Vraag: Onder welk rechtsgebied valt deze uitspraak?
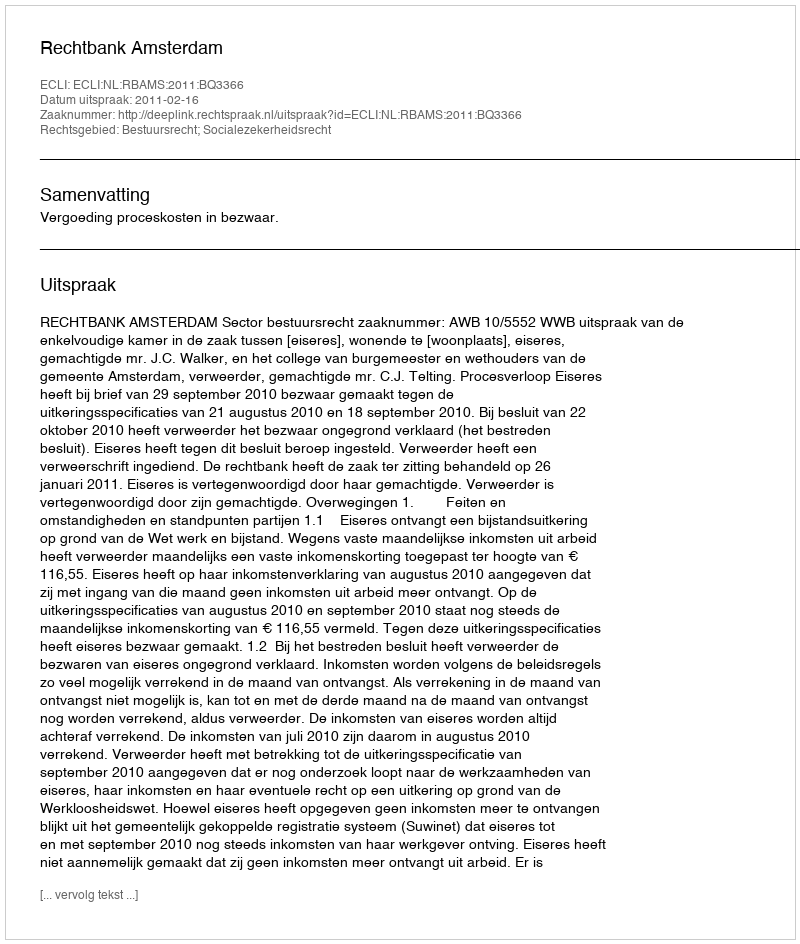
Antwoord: Bestuursrecht; Socialezekerheidsrecht